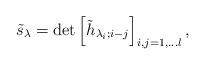
LaTeX: \begin{align*} \tilde s_{\lambda}=\det \left[ \tilde h_{\lambda_i; i-j} \right] _{i, j=1,\dots l},\end{align*}